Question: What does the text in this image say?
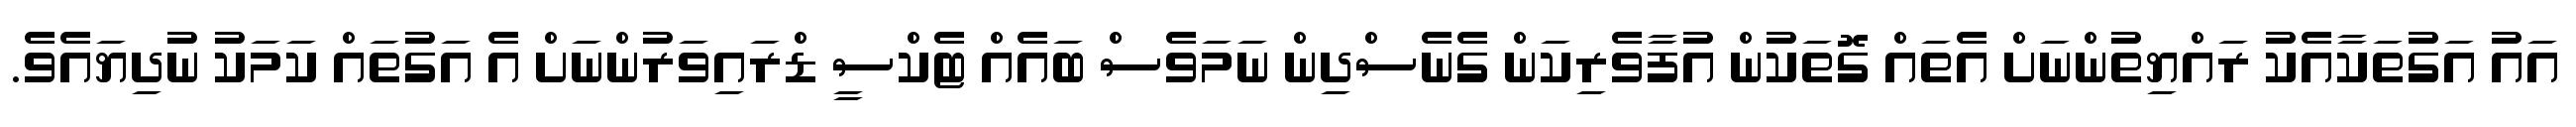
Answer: އައު އަގުތަކާއެކު ރައްޔިތުންނަށް އެތައް ގޮތަކުން އުފާވެރިކަން ގެނެސްދިން ނަމަވެސް ބައެއް ޓެކްސީ ޑްރައިވަރުންނަށް އެ އަގުތައް ކަމަކު ނުދިޔައެވެ.